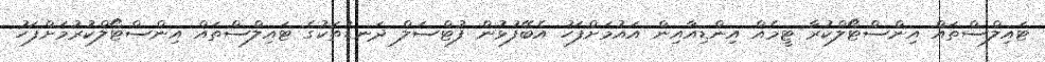
ޓައިލްސްތައް އިންސްޓޯލްކުރާ ޓީމެއް އިންޑިއާއިން އައުމަށްފަހު އެބޭފުޅުން ފުޓްސަލް ދަނޑުތަކުގެ ޓައިލްސްތައް އިންސްޓޯލްކުރުމަށްފަހު